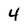
Character: 4